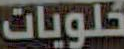
حلويات